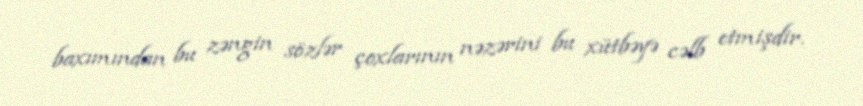
baxımından bu zəngin sözlər çoxlarının nəzərini bu xütbəyə cəlb etmişdir.